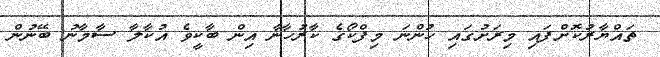
ތައްޔާރުކޮށްފައި މިރަށުގައި ހުންނަ މިފްކޯގެ ކާރުހާނާ އިން ބާކީވެ އުކާލާ ސާމާނު ބޭނުން